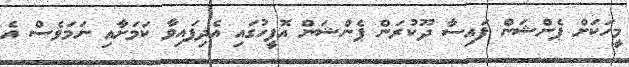
މީހަކަށް ޕެންޝަން ފައިސާ ދޫކުރަން ޕެންޝަން އޮފީހުގައި އެދިފައިވާ ކަމަށާއި ނަމަވެސް އެ